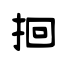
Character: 𫝻